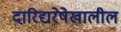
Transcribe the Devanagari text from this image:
दारिद्यरेषेखालील